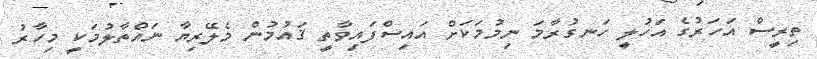
ތިރީސް އަހަރުގެ އަހުލީ ހަނގުރާމަ ނިމުމަކަށް އައިސްފައިވާތީ ޤައުމުން މެލޭރިޔާ ނައްތާލުމަކީ މިހާރު